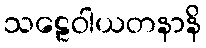
သဠေဝါယတနာနိ